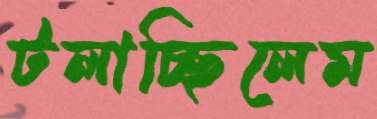
টলাচ্ছিলেম